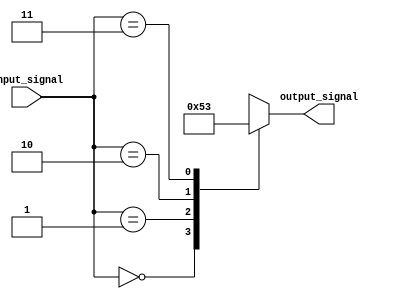
module simple_case_statement (
  input [1:0] input_signal,
  output reg [2:0] output_signal
);

always @(*)
begin
  case(input_signal)
    2'b00: output_signal <= 3'b000; // if input_signal is 00
    2'b01: output_signal <= 3'b001; // if input_signal is 01
    2'b10: output_signal <= 3'b010; // if input_signal is 10
    2'b11: output_signal <= 3'b011; // if input_signal is 11
  endcase
end

endmodule